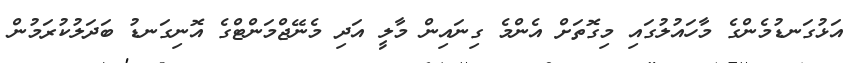
އަޅުގަނޑުމެންގެ މާހައުލުގައި މިގޮތަށް އެންމެ ގިނައިން މާލީ އަދި މެނޭޖްމަންޓްގެ އޮނިގަނޑު ބަދަލުކުރަމުން